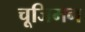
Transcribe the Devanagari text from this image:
चूजिमग